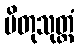
ပိတုသုတ္တံ